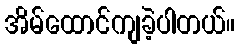
အိမ်ထောင်ကျခဲ့ပါတယ်။